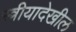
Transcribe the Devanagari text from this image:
स्त्रीयादेखील